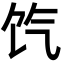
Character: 饩